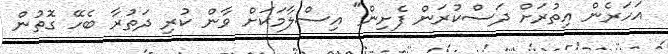
އަހަރެން އިތުރަށް ދަސްކުރަން ފެށިން" އިސްލާމަކަށް ވާން ކުރި ދަތުރާ ބެހޭ ގޮތުން